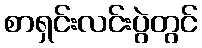
စာရှင်းလင်းပွဲတွင်